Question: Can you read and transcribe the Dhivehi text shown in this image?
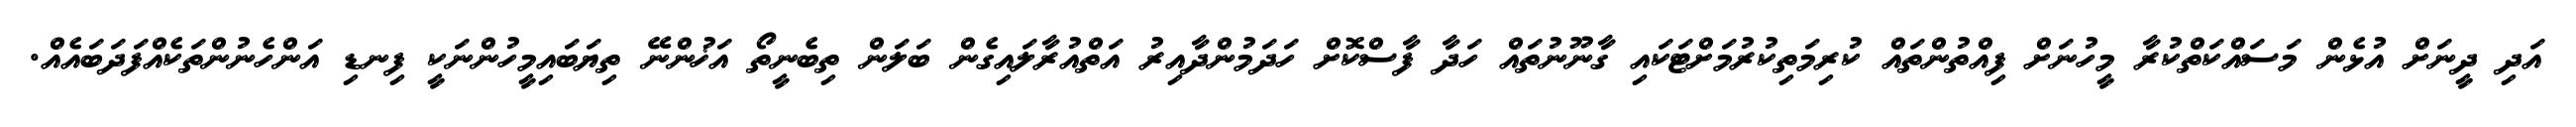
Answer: އަދި ދީނަށް އުޅެން މަސައްކަތްކުރާ މީހުނަށް ފިއްތުންތައް ކުރިމަތިކުރުމަށްޓަކައި ގާނޫނުތައް ހަދާ ފާސްކޮށް ހަދަމުންދާއިރު އަތްއުރާލައިގެން ބަލަން ތިބެނީތޯ އަޚުންނޭ ތިޔަބައިމީހުންނަކީ ފިނޑި އަންހެނުންތަކެއްފަދަބައެއް.